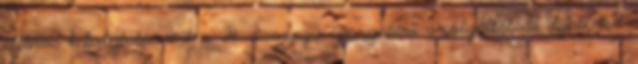
eljárás lefolytatásáért a Ft. összegű igazgatási szolgáltatási díjat rótt